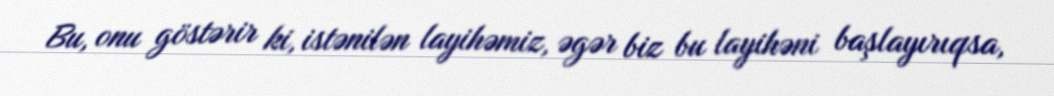
Bu, onu göstərir ki, istənilən layihəmiz, əgər biz bu layihəni başlayırıqsa,